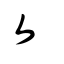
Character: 攵